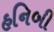
હનિબી